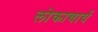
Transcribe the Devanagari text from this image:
लोकाचार्य